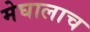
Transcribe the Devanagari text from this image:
मेघालाच